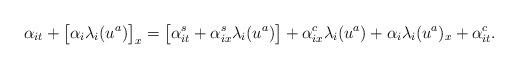
LaTeX: \begin{align*} \alpha_{it} + \big[\alpha_i \lambda_i(u^a) \big]_x= \big[\alpha_{it}^s + \alpha_{ix}^s \lambda_i(u^a)\big]+ \alpha_{ix}^c \lambda_i(u^a)+ \alpha_i \lambda_i(u^a)_x+ \alpha_{it}^c.\end{align*}